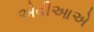
એવીઆએ